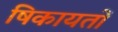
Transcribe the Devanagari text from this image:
षिकायतों